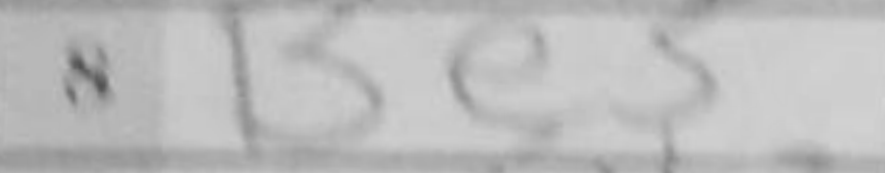
Transcription: Be5